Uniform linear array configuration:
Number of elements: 8
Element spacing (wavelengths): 1
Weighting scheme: kaiser
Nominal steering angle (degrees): -15
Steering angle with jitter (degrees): -15.326
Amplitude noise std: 0.05
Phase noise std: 0.05

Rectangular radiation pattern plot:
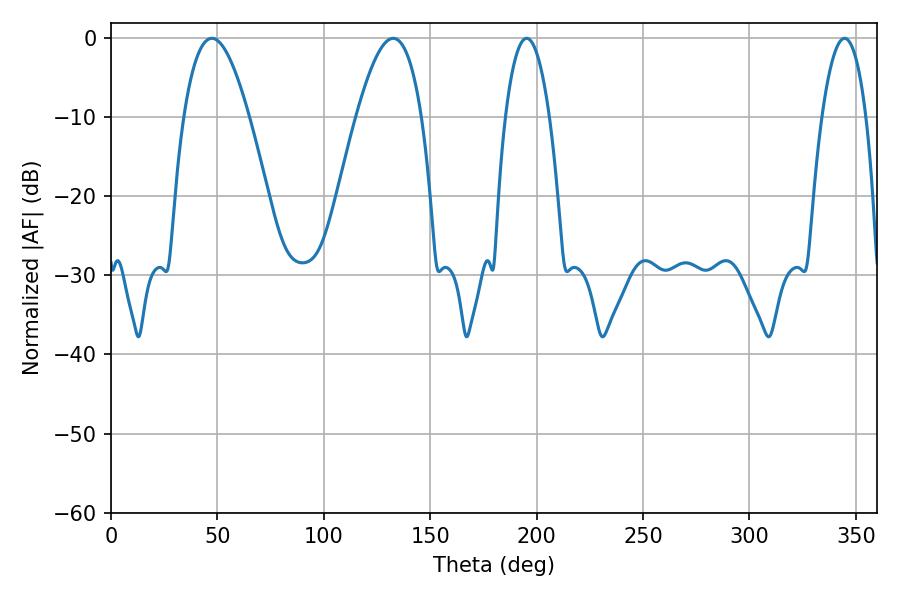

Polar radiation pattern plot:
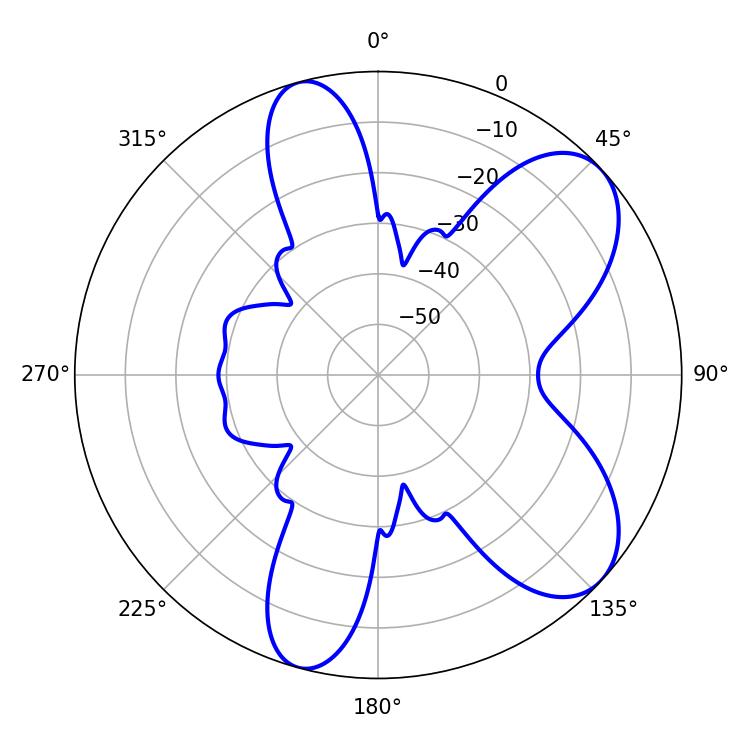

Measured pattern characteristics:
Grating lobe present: TRUE
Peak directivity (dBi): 7.501
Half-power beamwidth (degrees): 11.52
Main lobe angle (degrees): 195.3